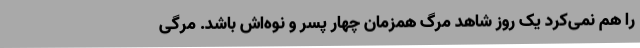
را هم نمی‌کرد یک روز شاهد مرگ همزمان چهار پسر و نوه‌اش باشد. مرگی